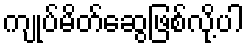
ကျုပ်မိတ်ဆွေဖြစ်လို့ပါ